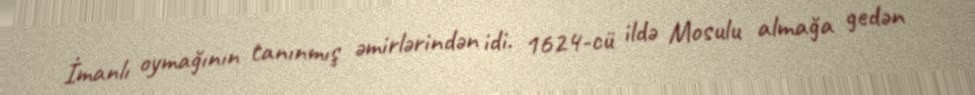
İmanlı oymağının tanınmış əmirlərindən idi. 1624-cü ildə Mosulu almağa gedən